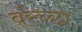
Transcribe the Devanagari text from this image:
वरेच्छा